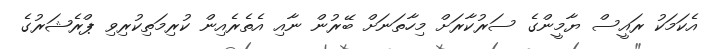
އެކަމަކު ރައީސް ޔާމީންގެ ސަރުކާރަށް މިހާތަނަށް ބޭރުން ނާއި އެތެރެއިން ކުރިމަތިކުރިވި ޕްރެޝަރުގެ